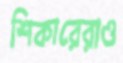
শিকারেরাও